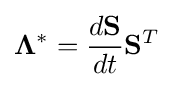
\mathbf {\Lambda } ^{*}={\frac {d\mathbf {S} }{dt}}\mathbf {S} ^{T}